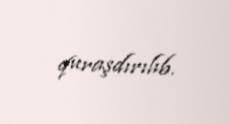
quraşdırılıb.